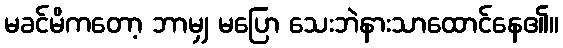
မခင်မိကတော့ ဘာမျှ မပြော သေးဘဲနားသာထောင်နေ၏။